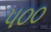
પ૦૦